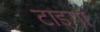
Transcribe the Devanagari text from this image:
टाइगा